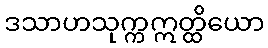
ဒသာဟသုက္ကဣတ္ထိယော